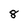
Character: 8